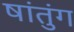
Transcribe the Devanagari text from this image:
षांतुंग